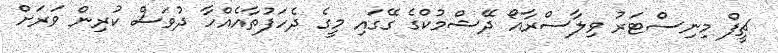
ޗީފް މިނިސްޓަރު ވިލާސްރާއޯ ދޭޝްމުކްގެ ގޭގައި މީގެ ދެހަފުތާއެއްހާ ދުވަސް ކުރިން ވަރަށް